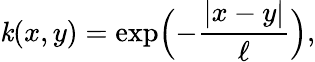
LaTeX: \mathit{k}(x,y)=\exp\Bigl(-\frac{{|x-y|}}{{\ell}}\Bigr),